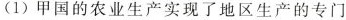
(1)甲国的农业生产实现了地区生产的专门